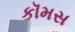
કૉમસ